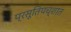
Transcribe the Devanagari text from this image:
प्रसूतिपच्शात